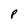
Character: P